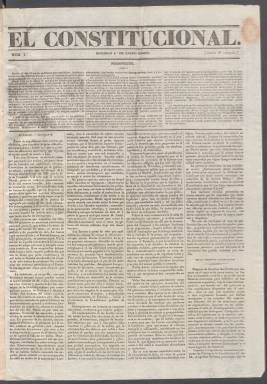
Título: El Constitucional (Madrid. 1837)
Colección: Periódicos anteriores a 1850
Ámbito geográfico: Madrid
Lugar de publicación: Madrid
Fechas: 01/01/1837-04/03/1837